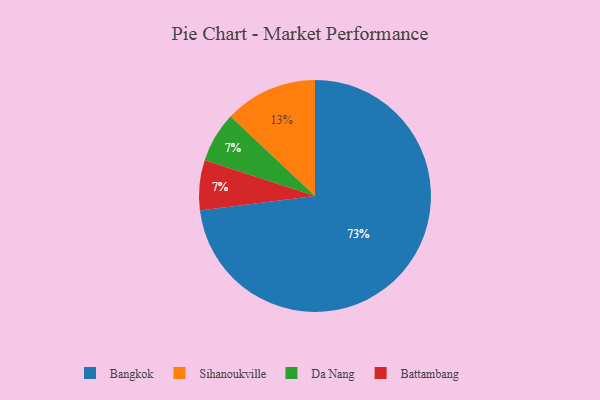
{"axis": {"x": "Category", "y": "Percentage"}, "legend": ["Bangkok", "Battambang", "Da Nang", "Sihanoukville"], "data": [{"x": "Da Nang", "y": 7, "type": "Da Nang"}, {"x": "Bangkok", "y": 73, "type": "Bangkok"}, {"x": "Sihanoukville", "y": 13, "type": "Sihanoukville"}, {"x": "Battambang", "y": 7, "type": "Battambang"}]}